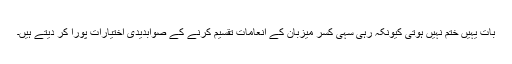
بات یہیں ختم نہیں ہوتی کیونکہ رہی سہی کسر میزبان کے انعامات تقسیم کرنے کے صوابدیدی اختیارات پورا کر دیتے ہیں۔